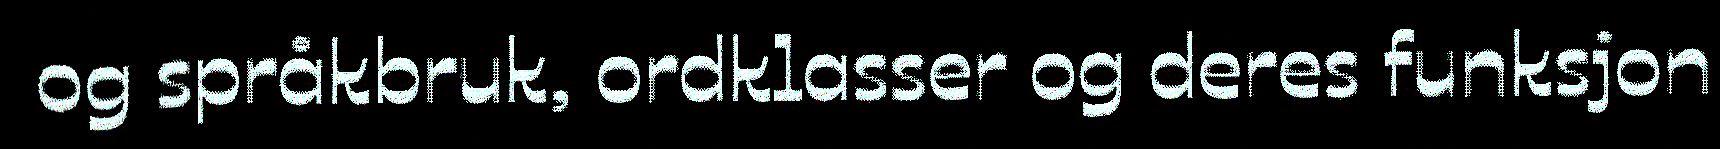
og språkbruk, ordklasser og deres funksjon